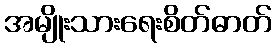
အမျိုးသားရေးစိတ်ဓာတ်